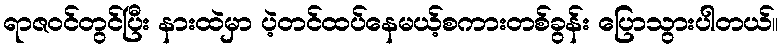
ရာဇဝင်တွင်ပြီး နားထဲမှာ ပဲ့တင်ထပ်နေမယ့်စကားတစ်ခွန်း ပြောသွားပါတယ်။